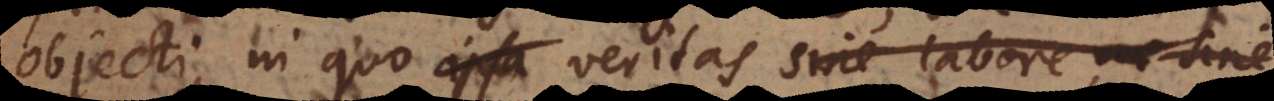
objecti, in quo ipsa veritas sine labore, ac sin